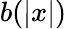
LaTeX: b(\left\vert x\right\vert)